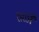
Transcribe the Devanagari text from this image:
तळीं